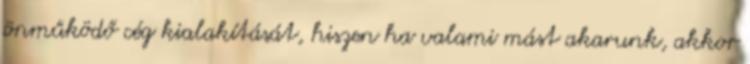
önműködő cég kialakítását, hiszen ha valami mást akarunk, akkor